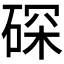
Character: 𱴑